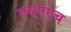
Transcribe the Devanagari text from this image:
एसएएच